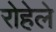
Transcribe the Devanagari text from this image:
रोहेले